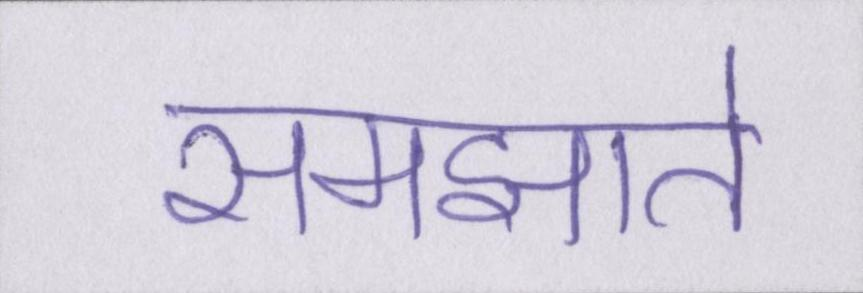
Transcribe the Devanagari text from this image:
समझाते